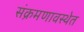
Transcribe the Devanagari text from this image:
संक्रमणावस्थेत